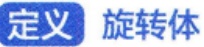
定义 旋转体